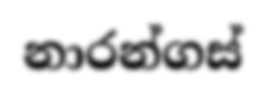
නාරන්ගස්